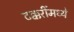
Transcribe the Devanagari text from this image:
टक्करींमध्ये